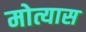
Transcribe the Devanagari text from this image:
मोत्यास